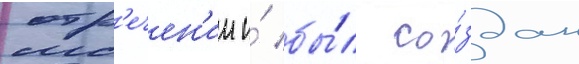
отр'ечен'ии и́ бы́л со́здан